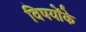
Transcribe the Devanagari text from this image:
विषयोंके